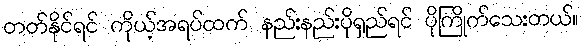
တတ်နိုင်ရင် ကိုယ့်အရပ်ထက် နည်းနည်းပိုရှည်ရင် ပိုကြိုက်သေးတယ်။